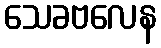
သေခဗလေန